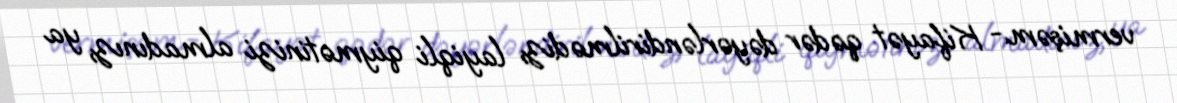
vermişəm.- Kifayət qədər dəyərləndirilmədiz, layiqli qiymətinizi almadınız, ya